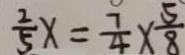
\frac { 2 } { 5 } x = \frac { 7 } { 4 } \times \frac { 5 } { 8 }